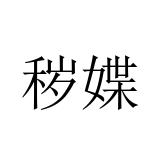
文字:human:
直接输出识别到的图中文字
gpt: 秽媟